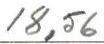
18,56